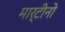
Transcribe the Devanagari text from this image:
मार्टीनो